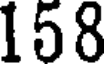
158